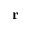
\mathbf { r }